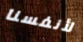
لأنفسنا